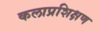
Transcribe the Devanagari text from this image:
कलाप्रशिक्षण